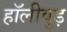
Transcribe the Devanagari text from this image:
हॉलीवुड़